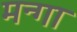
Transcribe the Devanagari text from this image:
मन्गा